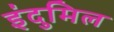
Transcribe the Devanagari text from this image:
इंदुमिल